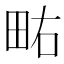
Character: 𰢿